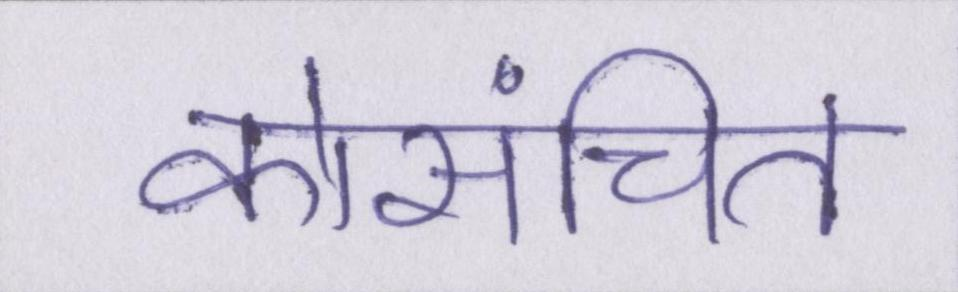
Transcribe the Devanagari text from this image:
कोसंचित